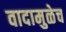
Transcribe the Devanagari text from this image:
वादामुळेच